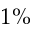
1 \%